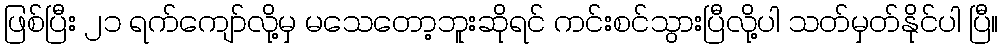
ဖြစ်ပြီး ၂၁ ရက်ကျော်လို့မှ မသေတော့ဘူးဆိုရင် ကင်းစင်သွားပြီလို့ပါ သတ်မှတ်နိုင်ပါ ပြီ။